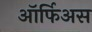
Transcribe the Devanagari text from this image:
ऑर्फिअस